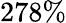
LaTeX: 278\%